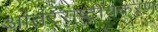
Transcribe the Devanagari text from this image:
आंतरराष्ट्रीयकरण